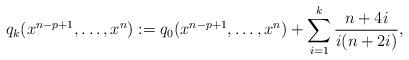
LaTeX: \begin{align*}q_k(x^{n-p+1}, \ldots , x^n) := q_0(x^{n-p+1}, \ldots , x^n)+\sum_{i=1}^k\frac{n+4i}{i(n+2i)},\end{align*}